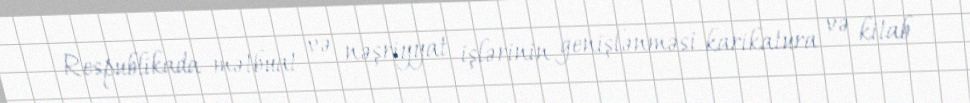
Respublikada mətbuat və nəşriyyat işlərinin genişlənməsi karikatura və kitab